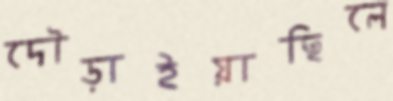
দৌড়াইয়াছিলে